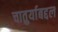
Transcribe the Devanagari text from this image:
चातुर्याबद्दल